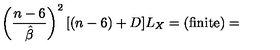
\left( \frac { n - 6 } { \hat { \beta } } \right) ^ { 2 } [ ( n - 6 ) + D ] L _ { X } = ( \mathrm { f i n i t e } ) =